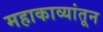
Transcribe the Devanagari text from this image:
महाकाव्यांतून